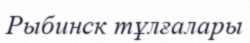
Рыбинск тұлғалары